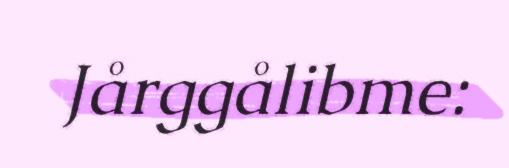
Jårggålibme: